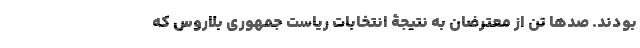
بودند. صدها تن از معترضان به نتیجۀ انتخابات ریاست جمهوری بلاروس که